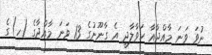
ނުވަ ވަނަ މާއްދާއާ ހަވާލާދީ އެ ގާނޫނުގެ 13 ވަނަ މާއްދާގެ (ހ)ގެ